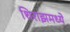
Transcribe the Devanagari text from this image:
शिराझमध्ये